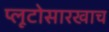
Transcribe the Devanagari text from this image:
प्लूटोसारखाच